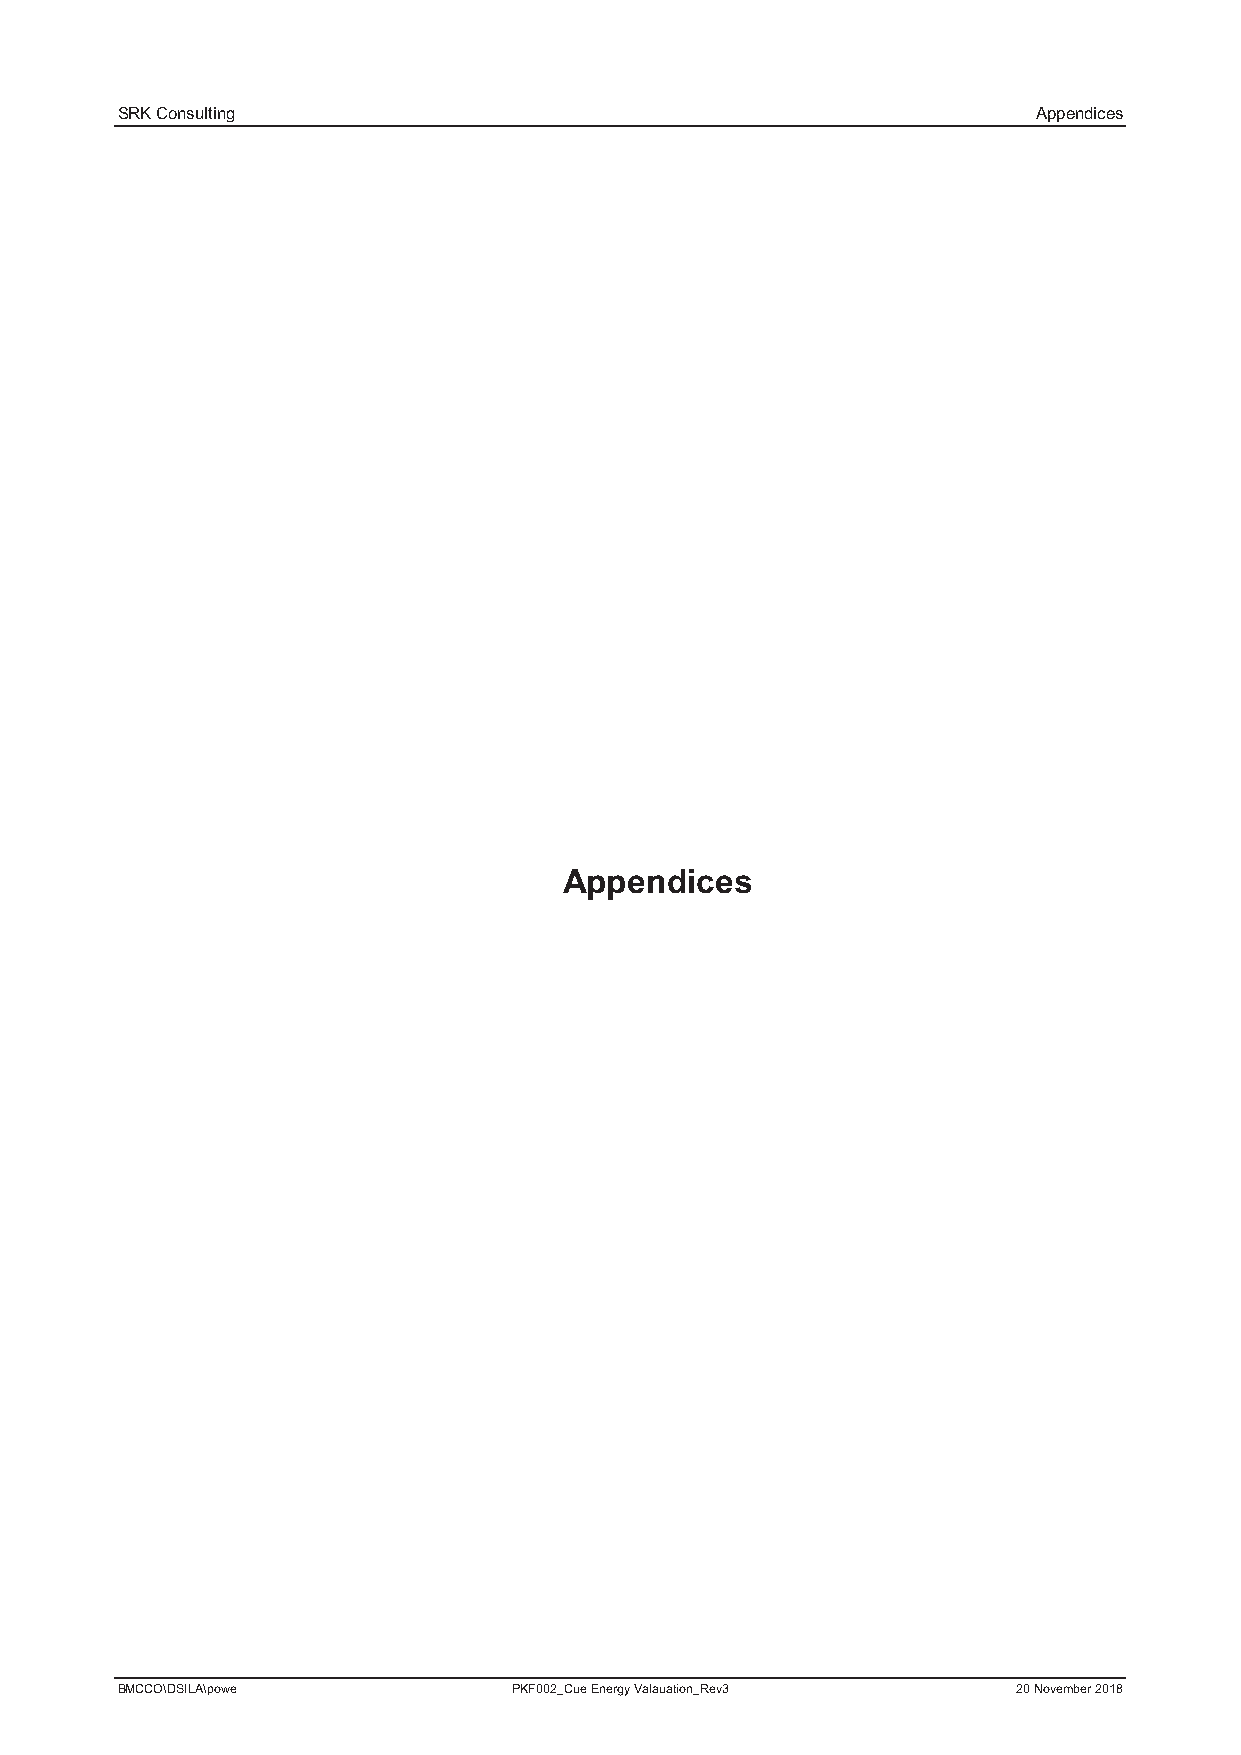
SRK Consulting                                               Appendices
 Appendices
 BMCCO\DSILA\powe          PKF002_Cue Energy Valauation_Rev3 20 November 2018